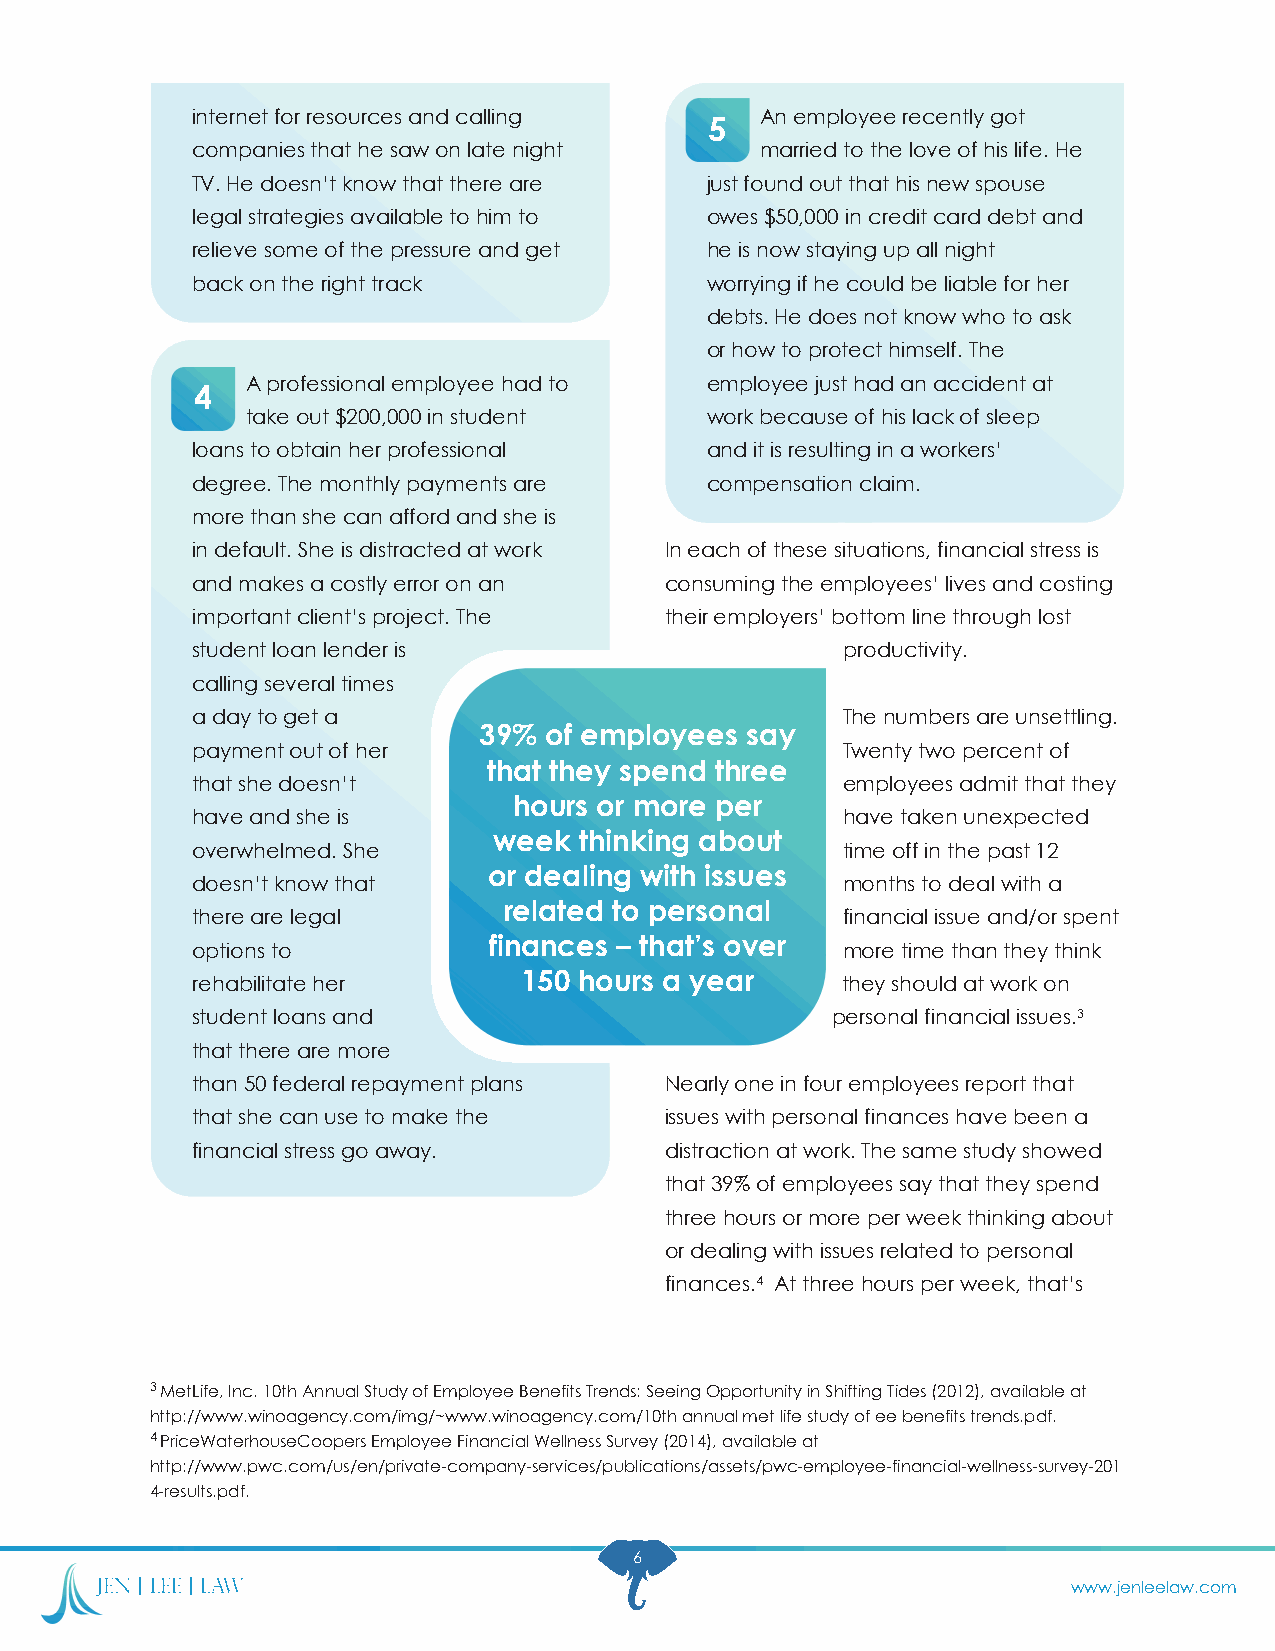
internet for resources and calling   An employee recently got
 5
 companies that he saw on late night  married to the love of his life. He
 TV. He doesn’t know that there are just found out that his new spouse
 legal strategies available to him to owes $50,000 in credit card debt and
 relieve some of the pressure and get he is now staying up all night
 back on the right track           worrying if he could be liable for her
 debts. He does not know who to ask
 or how to protect himself. The
 A professional employee had to employee just had an accident at
 4
 take out $200,000 in student   work because of his lack of sleep
 loans to obtain her professional  and it is resulting in a workers’
 degree. The monthly payments are  compensation claim.
 more than she can afford and she is
 in default. She is distracted at work In each of these situations, financial stress is
 and makes a costly error on an consuming the employees’ lives and costing
 important client’s project. The their employers’ bottom line through lost
 student loan lender is                     productivity.
 calling several times
 a day to get a                             The numbers are unsettling.
 39% of employees say
 payment out of her                         Twenty two percent of
 that they spend three
 that she doesn’t                           employees admit that they
 hours or more per
 have and she is                            have taken unexpected
 week thinking about
 overwhelmed. She                           time off in the past 12
 or dealing with issues
 doesn’t know that                          months to deal with a
 related to personal
 there are legal                            financial issue and/or spent
 finances – that’s over
 options to                                 more time than they think
 150 hours a year
 rehabilitate her                           they should at work on
 student loans and                         personal financial issues.3
 that there are more
 than 50 federal repayment plans Nearly one in four employees report that
 that she can use to make the   issues with personal finances have been a
 financial stress go away.      distraction at work. The same study showed
 that 39% of employees say that they spend
 three hours or more per week thinking about
 or dealing with issues related to personal
 finances.4 At three hours per week, that’s
 3 MetLife, Inc. 10th Annual Study of Employee Benefits Trends: Seeing Opportunity in Shifting Tides (2012), available at
 http://www.winoagency.com/img/~www.winoagency.com/10th annual met life study of ee benefits trends.pdf.
 4 PriceWaterhouseCoopers Employee Financial Wellness Survey (2014), available at
 http://www.pwc.com/us/en/private-company-services/publications/assets/pwc-employee-financial-wellness-survey-201
 4-results.pdf.
 6
 www.jenleelaw.com